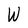
Character: W